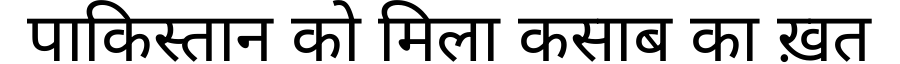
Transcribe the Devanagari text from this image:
पाकिस्तान को मिला कसाब का ख़त